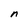
Character: n